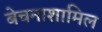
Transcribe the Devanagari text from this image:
बेचनाशामिल